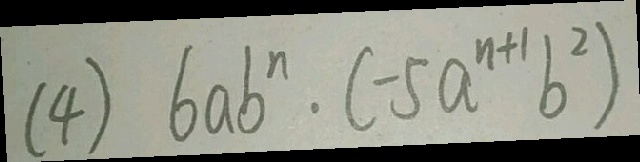
( 4 ) 6 a b ^ { n } \cdot ( - 5 a ^ { n + 1 } b ^ { 2 } )